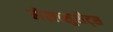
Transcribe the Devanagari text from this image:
मेसासुशैट्स